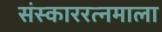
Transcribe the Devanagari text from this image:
संस्काररत्नमाला